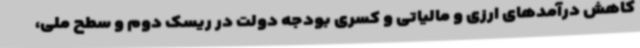
کاهش درآمدهای ارزی و مالیاتی و کسری بودجه دولت در ریسک دوم و سطح ملی،